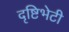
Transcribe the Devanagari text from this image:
दृष्टिभेटी